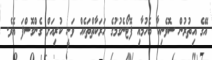
އޭގެ އިތުރުން ސޮވެނިއާ ބެހުމާއި ފޮޓޯނެގުމުގެ ހަރަކާތްތަކެއް ވަނީ ކުރިއަށް ގެންގޮސްފަ އެވެ.